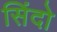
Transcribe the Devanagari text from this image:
सिंदो